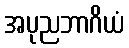
အပုညဘာဂိယံ